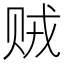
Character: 贼